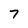
Character: 7